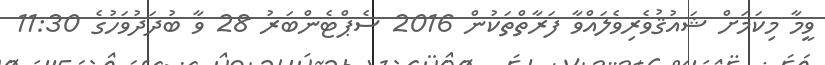
ވީމާ މިކަމަށް ޝައުޤުވެރިވެލައްވާ ފަރާތްތަކުން 2016 ސެޕްޓެންބަރު 28 ވާ ބުދަދުވަހުގެ 11:30